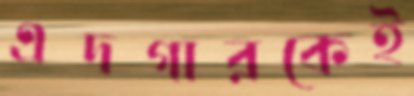
এদগারকেই